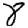
Digit: 8